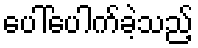
ပေါ်ပေါက်ခဲ့သည့်